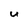
Character: U